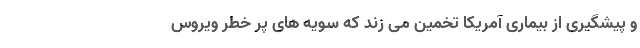
و پیشگیری از بیماری آمریکا تخمین می زند که سویه های پر خطر ویروس